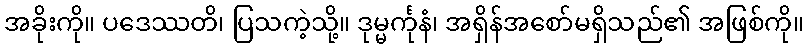
အခိုးကို။ ပဒေဿတိ၊ ပြသကဲ့သို့။ ဒုမ္မင်္ကုနံ၊ အရှိန်အစော်မရှိသည်၏ အဖြစ်ကို။